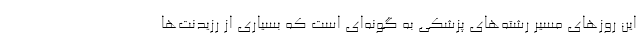
این روزهای مسیر رشته‌های پزشکی به‌ گونه‌ای است که بسیاری از رزیدنت‌ها